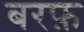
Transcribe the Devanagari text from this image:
बरफ़